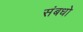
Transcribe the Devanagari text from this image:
संबधो